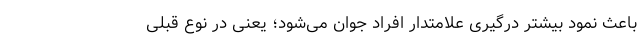
باعث نمود بیشتر درگیری علامتدار افراد جوان می‌شود؛ یعنی در نوع قبلی